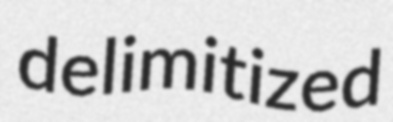
delimitized